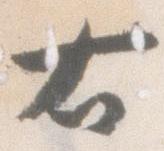
右